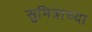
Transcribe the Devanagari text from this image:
सुमित्राच्या